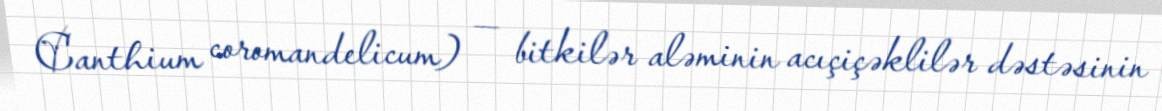
Canthium coromandelicum) — bitkilər aləminin acıçiçəklilər dəstəsinin